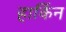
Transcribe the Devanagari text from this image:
हार्किन